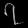
Digit: ၇